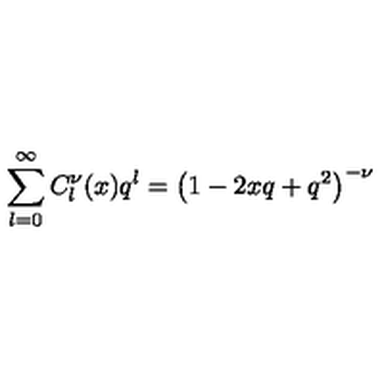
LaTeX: \sum _ { l = 0 } ^ { \infty } C _ { l } ^ { \nu } ( x ) q ^ { l } = \left( 1 - 2 x q + q ^ { 2 } \right) ^ { - \nu }